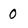
Character: 0